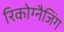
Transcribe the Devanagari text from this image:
रिकोग्नैजिंग